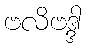
ဗလိဗဒ္ဒါ